Annual administration report of the Civil Veterinary Department, Ajmere-Merwara, British Rajputana - 1914-1940
Year: 1914
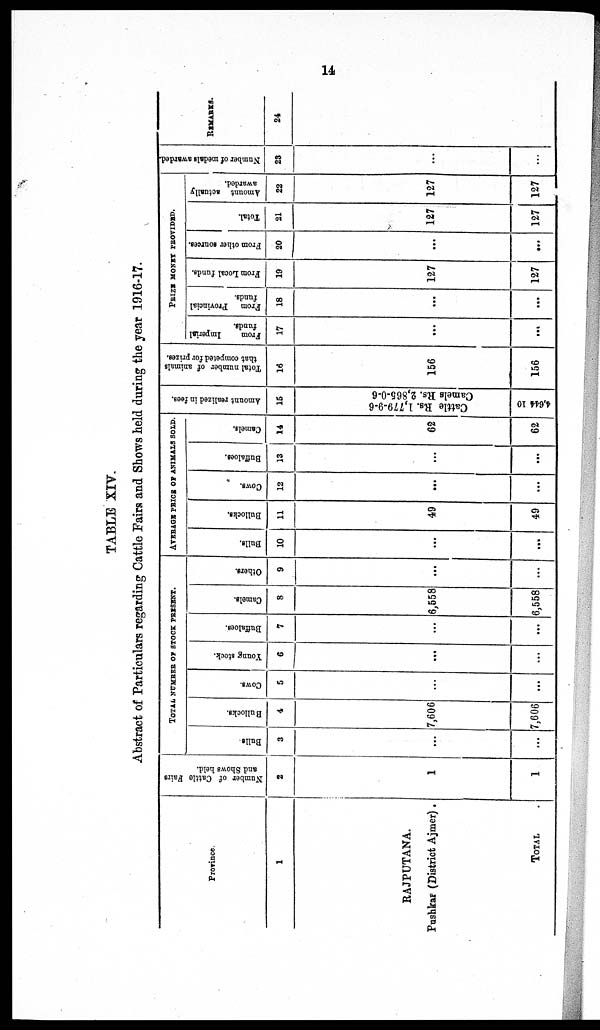
14
TABLE XIV.
Abstract of Particulars regarding Cattle Fairs and Shows held during the year 1916-17.
Province
1
RAJPUTANA.
Pushkar (District Ajmer) .
TOTAL
Number of Cattle Fairs
and Shows held.
2
1
1
TOTAL NUMBER OF STOCK PRESENT.
Bulls
3
...
...
Bullocks.
4
7,606
7,606
Cows.
5
...
...
Young stock.
6
...
...
Buffaloes.
7
...
...
Camels.
8
6,558
6,558
Others.
9
...
...
AVERAGE PRICE OF ANIMALS SOLD.
Bulls.
10
...
...
Bullocks.
11
49
49
Cows.
12
...
...
Buffaloes.
13
...
...
Camels.
14
62
62
Amount realized in fees.
15
Cat t l e Rs. 1,779- 9- 6
Ca me ls Rs. 2,865-0-6
4,644 10
Total number of animals
that competed for prizes.
16
156
156
PRIZE MONEY PROVIDED.
From
Imperial
funds.
17
...
...
From
Provincial
funds.
18
...
...
From Local funds.
19
127
127
From other sources.
20
...
...
Total.
21
127
127
Amount actually
awarded.
22
127
127
Number of medals awarded.
23
...
...
REMARKS.
24